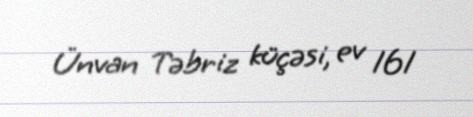
Ünvan Təbriz küçəsi, ev 161